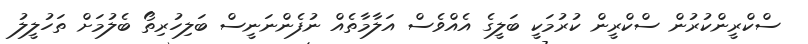
ސްކްރީންކުރުން ސްކްރީން ކުރުމަކީ ބަލީގެ އެއްވެސް އަލާމާތެއް ނުފެންނަނީސް ބަލިހުރިތޯ ބެލުމަށް ތަހުލީލު